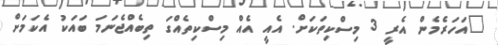
"އަހަރެމެން އެރީ 3 މިސްކިތަކަށް. އެއީ އެއް މިސްކިތެއްގަ ތިބެއްޖެނަމަ ބައަކު އެކަމަށް